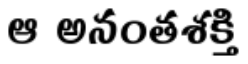
ఆ అనంతశక్తి